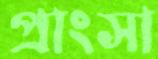
প্রাংসা